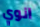
انوي